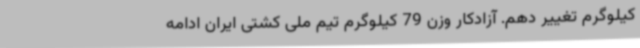
کیلوگرم تغییر دهم. آزادکار وزن 79 کیلوگرم تیم ملی کشتی ایران ادامه